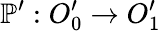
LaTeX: \mathbb{P}^{\prime}:O_{0}^{\prime}\to O_{1}^{\prime}